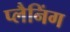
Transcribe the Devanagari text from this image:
प्लैनिंग